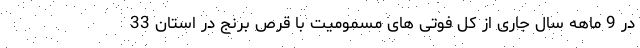
در 9 ماهه سال جاری از کل فوتی های مسمومیت با قرص برنج در استان 33